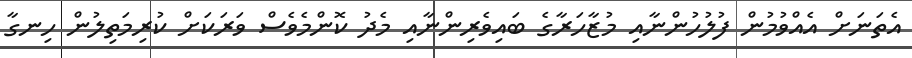
އެތަނަށް އެއްވުމުން ފުލުހުންނާއި މުޒާހަރާގެ ބައިވެރިންނާއި މެދު ކޮންމެވެސް ވަރަކަށް ކުރިމަތިލުން ހިނގާ